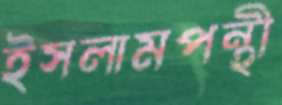
ইসলামপন্থী